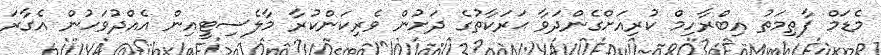
މެޑަމް ފާތިމަތު އިބްރާހިމް ކުރިއަށްގެންދަވާ ޙަރަކާތުގެ ދަށުން ވެރިކަންކުރާ މާލެސިޓީއިން އެއްދުވަހުން އެގާރަ